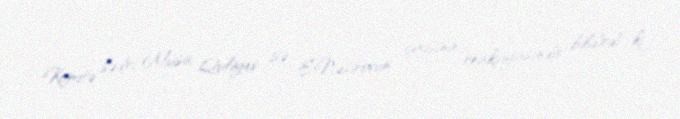
Komitə sədri Musa Quliyev isə E.Nəsirovun çıxışına reaksiyasında bildirdi ki,